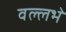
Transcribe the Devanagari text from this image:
वल्लभे